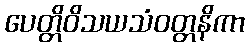
ပေတ္တိဝိသယသံဝတ္တနိကာ